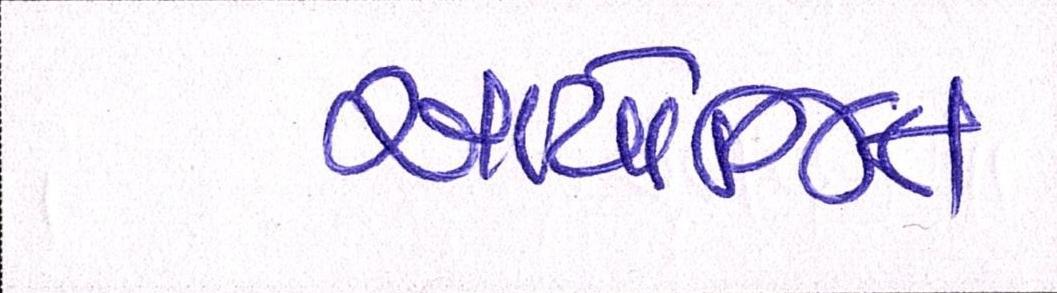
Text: આયોજિત